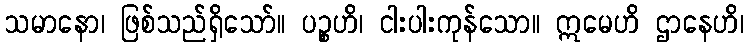
သမာနော၊ ဖြစ်သည်ရှိသော်။ ပဉ္စဟိ၊ ငါးပါးကုန်သော။ ဣမေဟိ ဌာနေဟိ၊